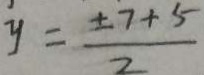
y = \frac { \pm 7 + 5 } { 2 }